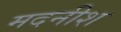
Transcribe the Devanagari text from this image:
मदनीश